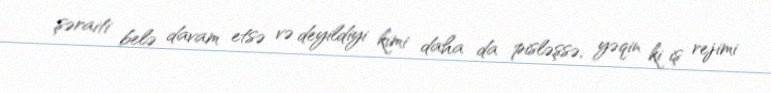
şəraiti belə davam etsə və deyildiyi kimi daha da pisləşsə, yəqin ki iş rejimi